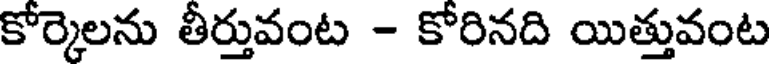
కోర్కెలను తీర్తువంట - కోరినది యిత్తువంట